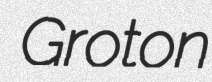
Groton